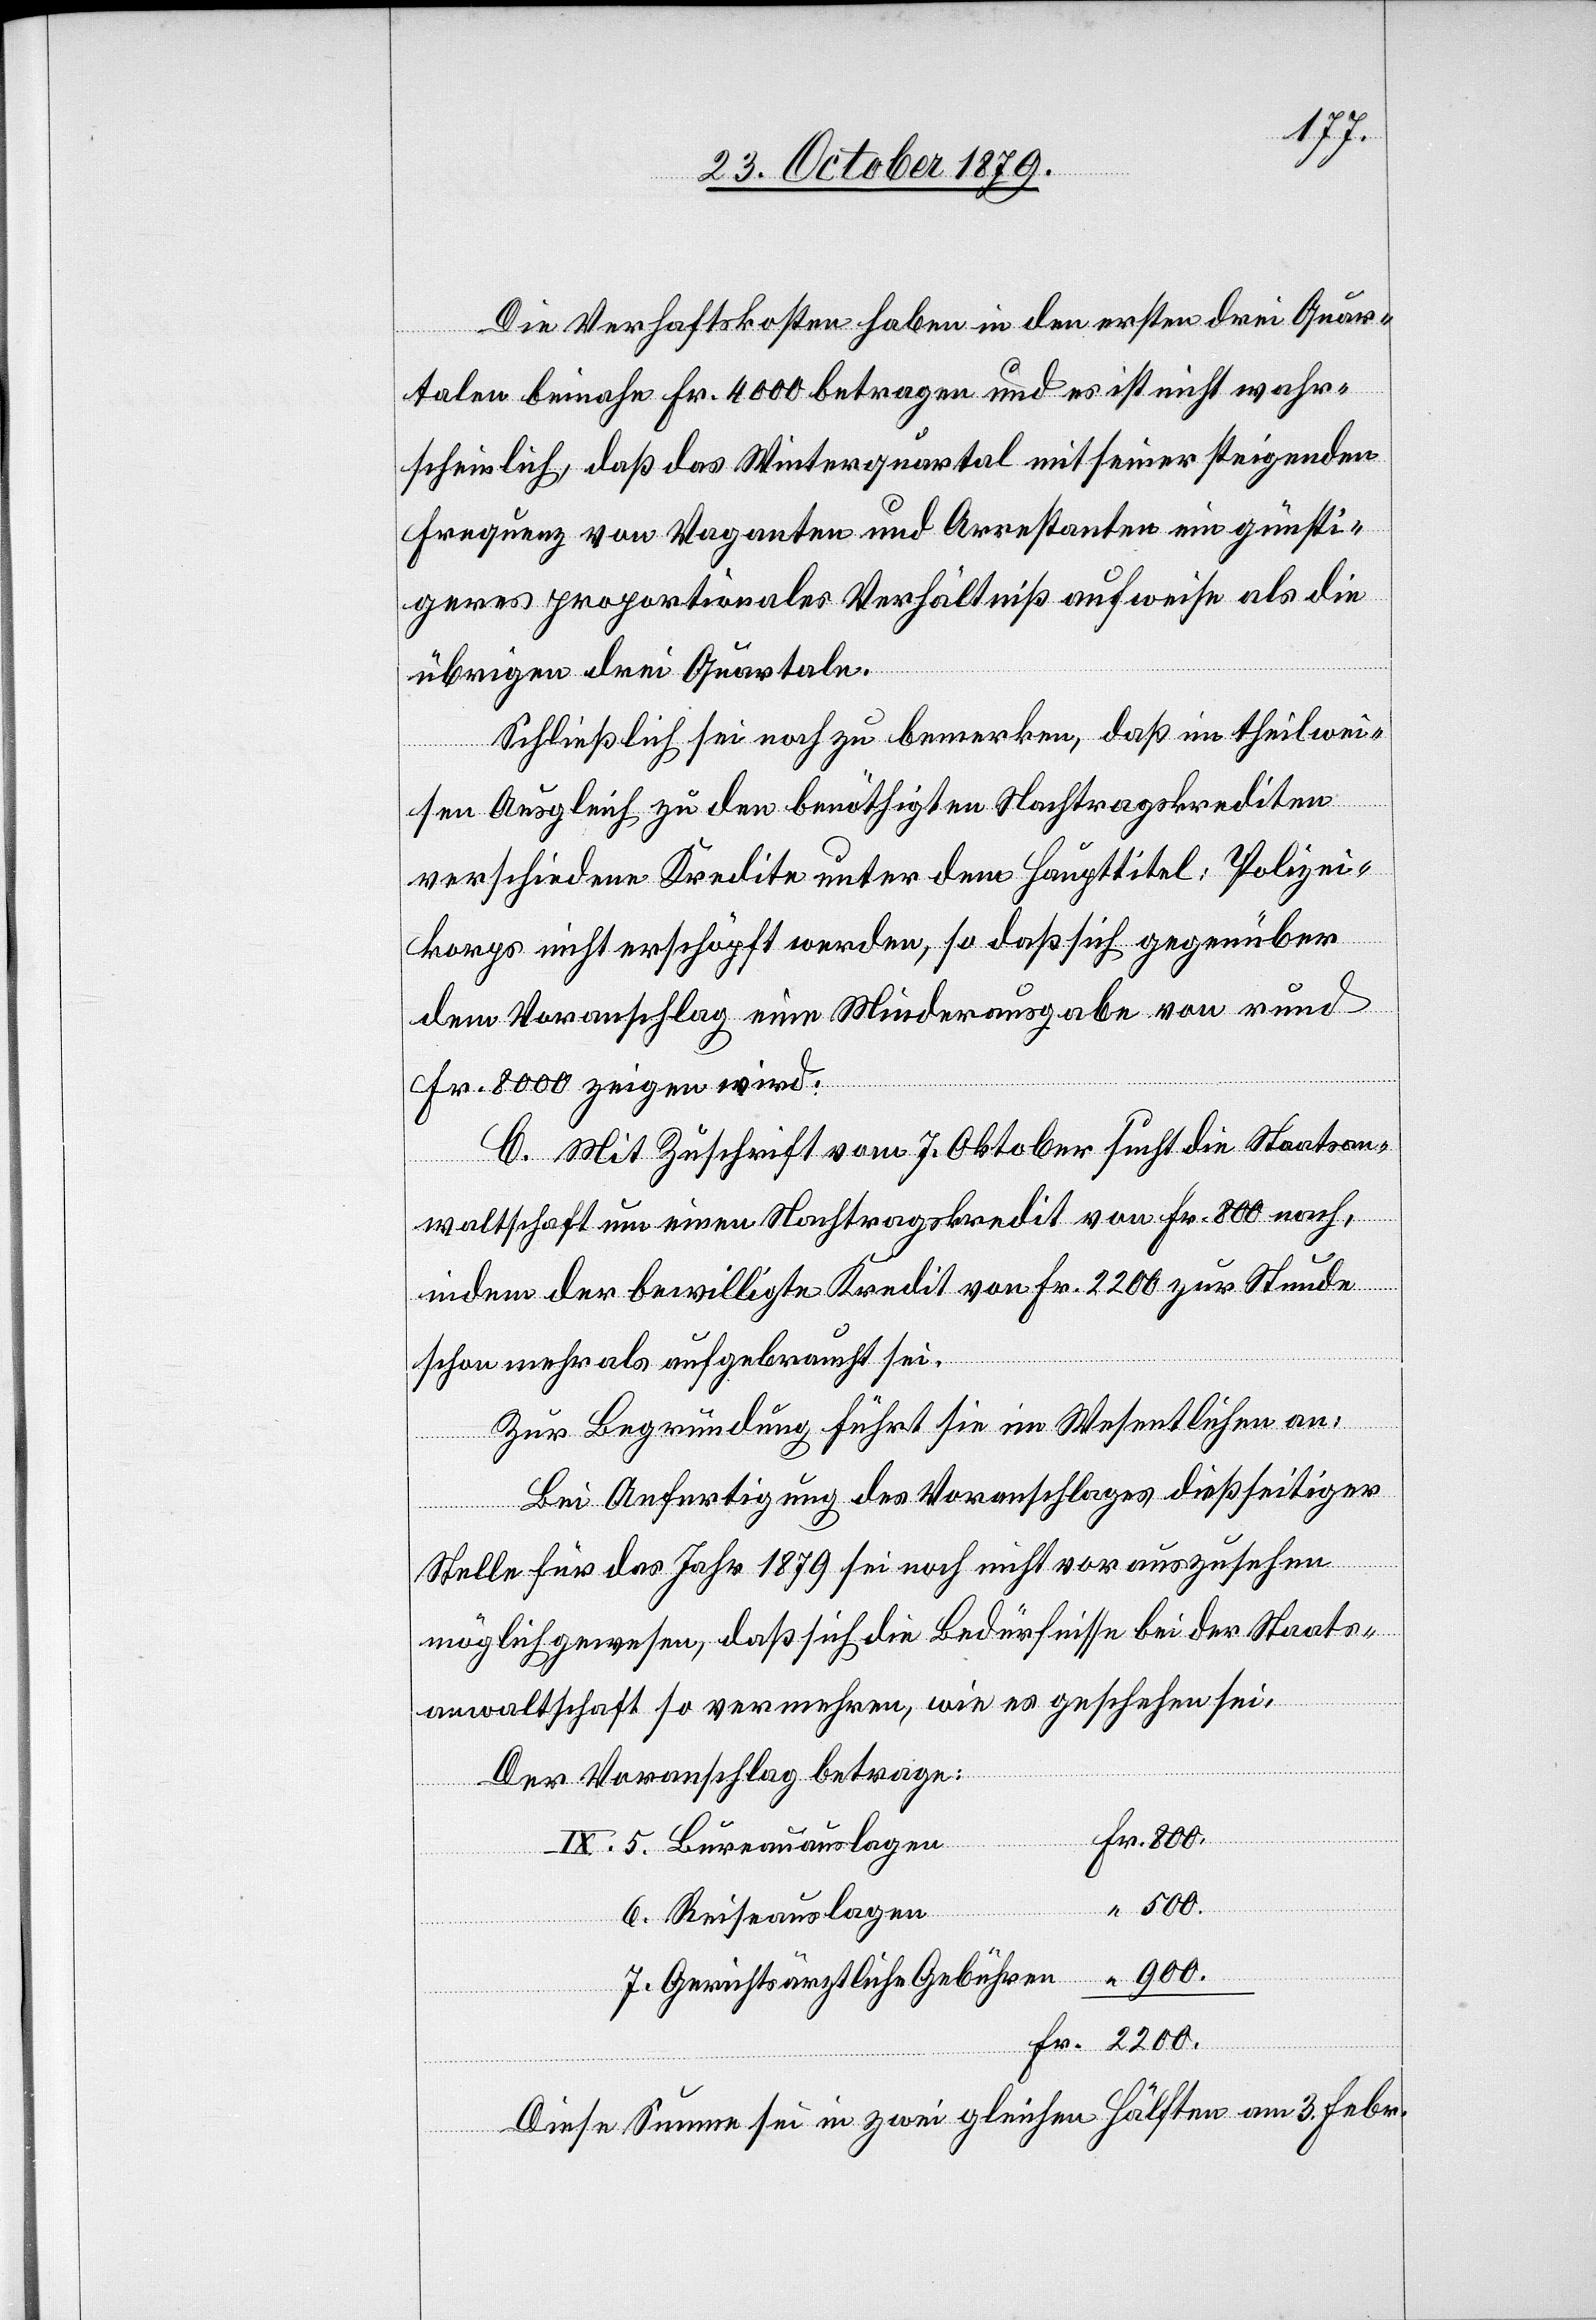
Die Verhaftskosten haben in den ersten drei Quar¬
talen beinahe Fr. 4000 betragen und es ist nicht wahr¬
scheinlich, daß das Winterquartal mit seiner steigenden
Frequenz von Vaganten und Arrestanten ein günsti¬
geres proportionales Verhältniß aufweise als die
übrigen drei Quartale.
Schließlich sei noch zu bemerken, daß im theilwei¬
sen Ausgleich zu den benöthigten Nachtragskrediten
verschiedene Kredite unter dem Haupttitel: Polizei¬
korps nicht erschöpft werden, so daß sich gegenüber
dem Voranschlag eine Minderausgabe von rund
Fr. 8000 zeigen wird.
C. Mit Zuschrift vom 7. Oktober sucht die Staatsan¬
waltschaft um einen Staatskredit von Fr. 800 nach,
indem der bewilligte Kredit von Fr. 2200 zur Stunde
schon mehr als aufgebraucht sei.
7.
Zur Begründung führt sie im Wesentlichen an:
Bei Anfertigung des Voranschlages dießseitiger
Stelle für das Jahr 1879 sei noch nicht vorauszusehen
möglich gewesen, daß sich die Bedürfnisse bei der Staats¬
anwaltschaft so vermehren, wie es geschehen sei.
Der Voranschlag betrage:
lagen
Fr. 800.
“ 900.
Gerichtsärztliche Gebühren
Fr. 2200.
Diese Summe sei in zwei gleichen Hälften am 3. Febr.